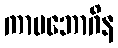
ကာမဘောဂိန